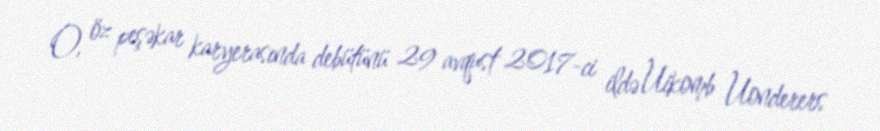
O, öz peşəkar karyerasında debütünü 29 avqust 2017-ci ildə Uikomb Uonderers